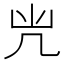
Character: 𠘽